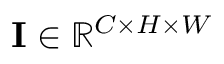
\mathbf { I } \in \mathbb { R } ^ { C \times H \times W }